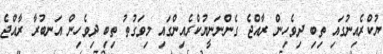
ޔުކްރެއިނުގައި ތިބި ދިވެހިން ރާއްޖެ ގެންނަނީޔުކްރެއިންގައި މިވަގުތު ތިބި ދިވެހިން އަނބުރާ ރާއްޖެ